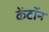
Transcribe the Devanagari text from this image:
केंटॉन